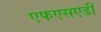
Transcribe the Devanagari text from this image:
एफएसएडी